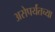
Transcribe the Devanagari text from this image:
असेपर्यंतच्या